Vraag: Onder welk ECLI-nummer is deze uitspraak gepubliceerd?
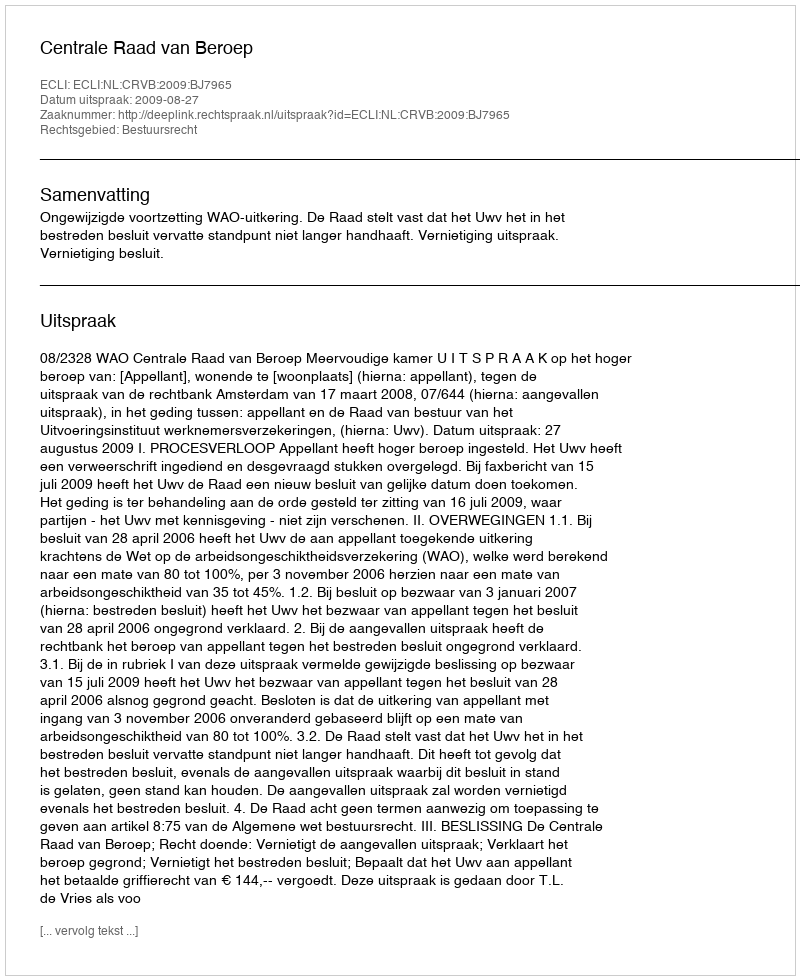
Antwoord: ECLI:NL:CRVB:2009:BJ7965